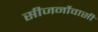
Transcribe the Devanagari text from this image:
सीजर्नोवासी